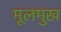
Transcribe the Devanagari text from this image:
मूलमुख